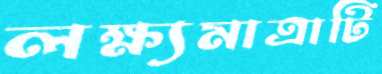
লক্ষ্যমাত্রাটি